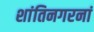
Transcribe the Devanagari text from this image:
शांतिनगरनां